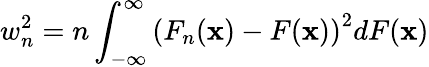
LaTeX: w_{n}^{2}=n\int_{-\infty}^{\infty}\left(F_{n}(\mathbf{x})-F(\mathbf{x})\right)^{2}dF(\mathbf{x})